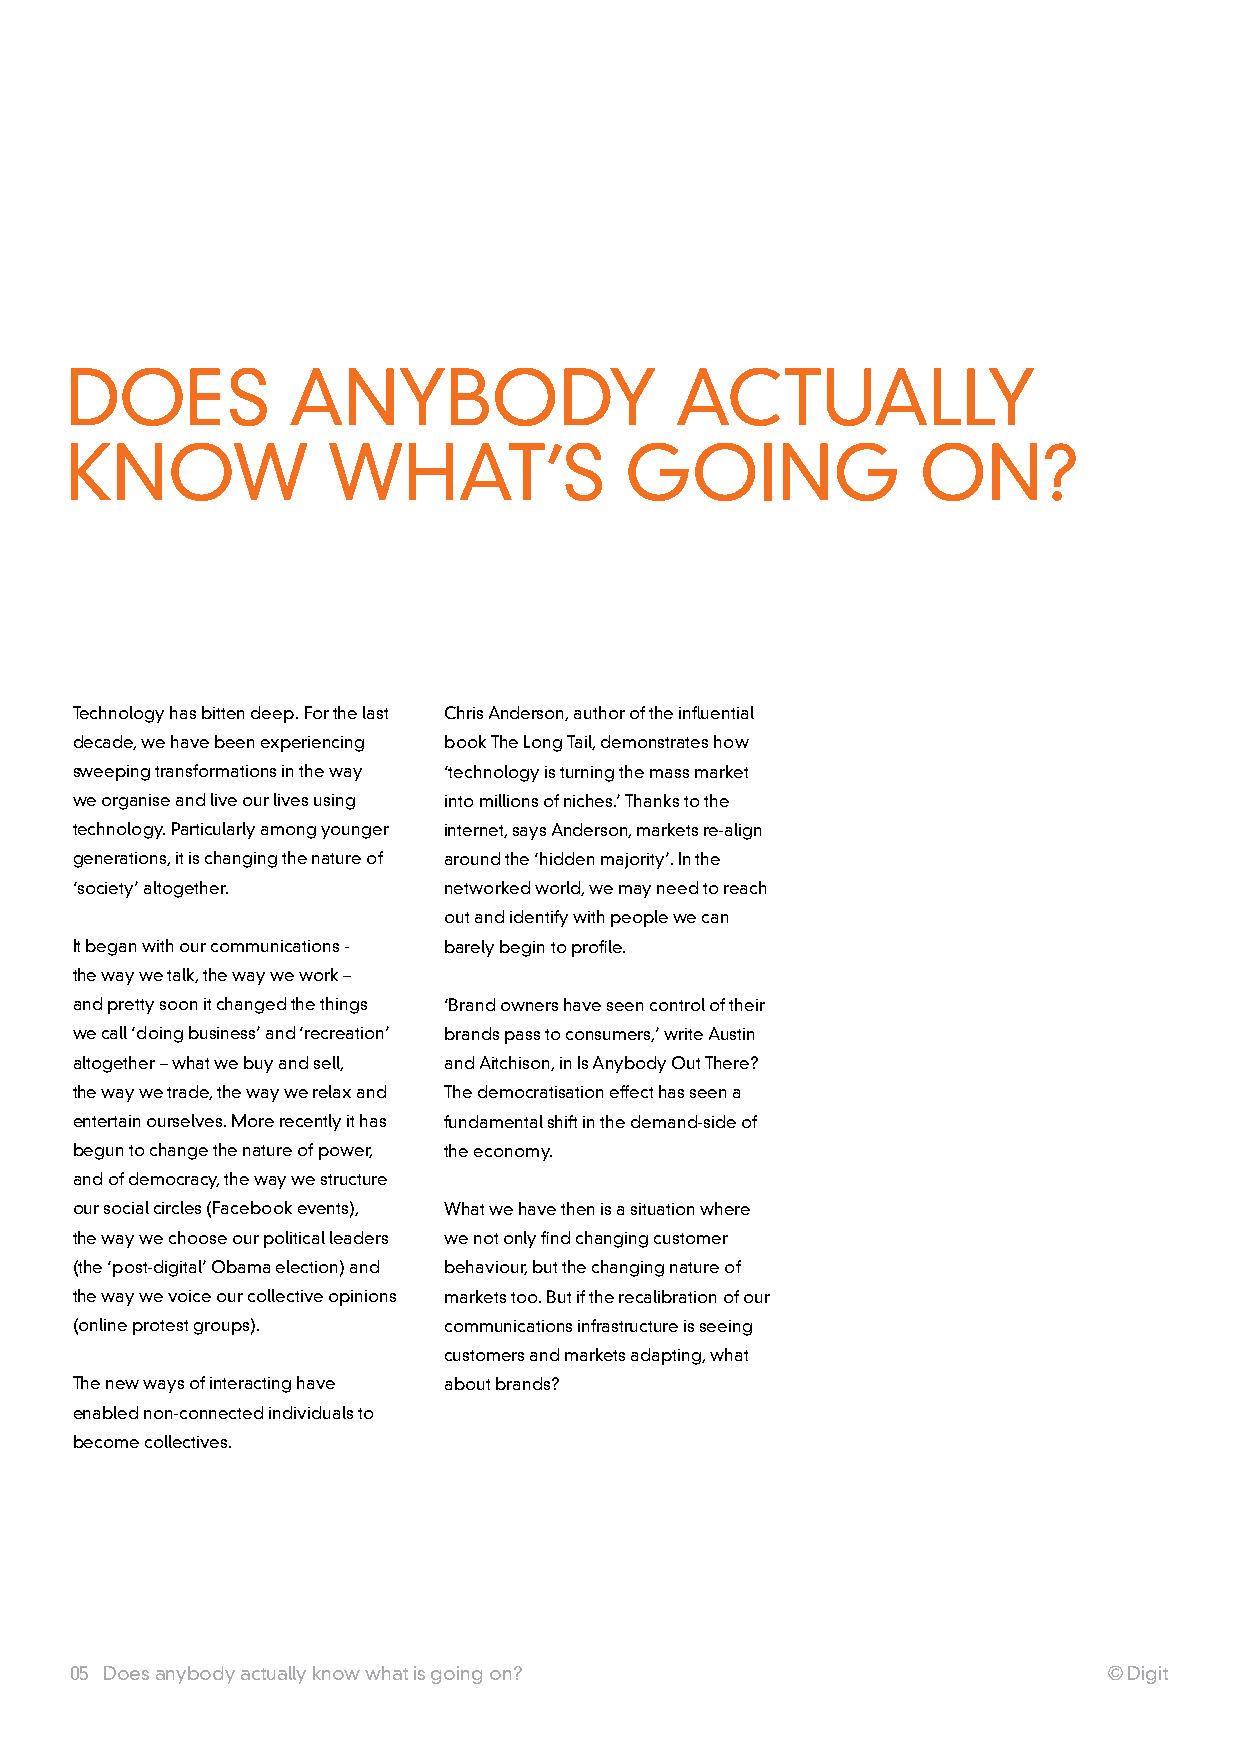
DOES           anyBODy                   aCTuaLLy
 knOw              whaT’S             GOInG               On?
 Technology has bitten deep. For the last Chris anderson, author of the influential
 decade, we have been experiencing book The Long Tail, demonstrates how
 sweeping transformations in the way ‘technology is turning the mass market
 we organise and live our lives using into millions of niches.’ Thanks to the
 technology. particularly among younger internet, says anderson, markets re-align
 generations, it is changing the nature of around the ‘hidden majority’. In the
 ‘society’ altogether.   networked world, we may need to reach
 out and identify with people we can
 It began with our communications - barely begin to profile.
 the way we talk, the way we work –
 and pretty soon it changed the things ‘Brand owners have seen control of their
 we call ‘doing business’ and ‘recreation’ brands pass to consumers,’ write austin
 altogether – what we buy and sell, and aitchison, in Is anybody Out There?
 the way we trade, the way we relax and The democratisation effect has seen a
 entertain ourselves. More recently it has fundamental shift in the demand-side of
 begun to change the nature of power, the economy.
 and of democracy, the way we structure
 our social circles (Facebook events), what we have then is a situation where
 the way we choose our political leaders we not only find changing customer
 (the ‘post-digital’ Obama election) and behaviour, but the changing nature of
 the way we voice our collective opinions markets too. But if the recalibration of our
 (online protest groups). communications infrastructure is seeing
 customers and markets adapting, what
 The new ways of interacting have about brands?
 enabled non-connected individuals to
 become collectives.
 05 Does anybody actually know what is going on?                     © Digit